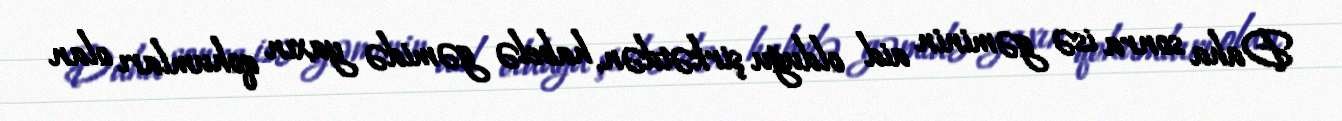
Daha sonra isə gəminin aid olduğu şirkətdən, habelə gəmidə yaxın qohumları olan